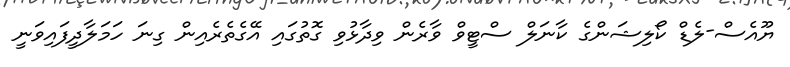
ޔޫއެސް-ލެޑް ކޯލިޝަންގެ ކާނަލް ސްޓީވް ވާރެން ވިދާޅުވި ގޮތުގައި އޭގެތެރެއިން ގިނަ ހަމަލާދީފައިވަނީ